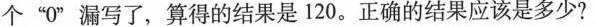
个”0”漏写了，算得的结果是120。正确的结果应该是多少?